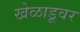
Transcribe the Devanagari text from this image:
खेळाडूवर